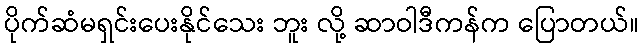
ပိုက်ဆံမရှင်းပေးနိုင်သေး ဘူး လို့ ဆာဝါဒီကန်က ပြောတယ်။